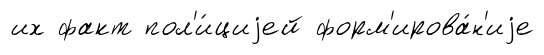
их факт пол'и́циjей форм'ирова́н'иjе